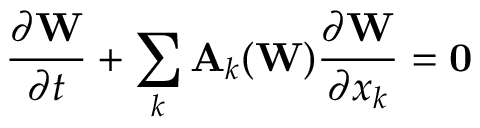
\frac { \partial \mathbf { W } } { \partial t } + \sum _ { k } \mathbf { A } _ { k } ( \mathbf { W } ) \frac { \partial \mathbf { W } } { \partial x _ { k } } = \mathbf { 0 }